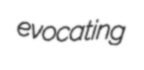
evocating